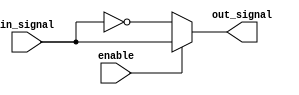
module active_low_buffer (
  input wire enable,
  input wire in_signal,
  output reg out_signal
);

  always @ (enable or in_signal) begin
    if (enable == 1'b0) begin
      out_signal <= ~in_signal;
    end
    else begin
      out_signal <= in_signal;
    end
  end

endmodule